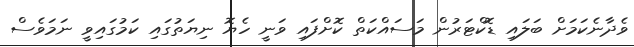
ވެދާނެކަމަށް ބަލައި ޑޮކްޓަރުން މަސައްކަތް ކޮށްފައި ވަނީ ހެޔޮ ނިޔަތުގައި ކަމުގައިވީ ނަމަވެސް